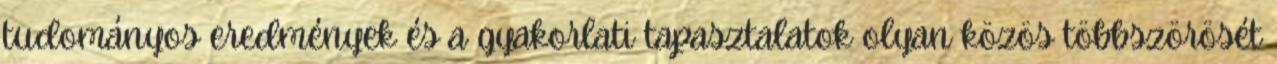
tudományos eredmények és a gyakorlati tapasztalatok olyan közös többszörösét